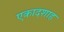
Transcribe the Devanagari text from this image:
एकादशाह